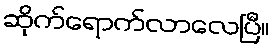
ဆိုက်ရောက်လာလေပြီ။